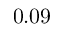
0 . 0 9